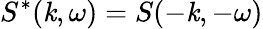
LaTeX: S^{*}(\mathit{k},\omega)=S(-\mathit{k},-\omega)